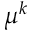
\mu ^ { k }